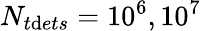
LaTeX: N_{t\mathrm{d}ets}=10^{6},10^{7}